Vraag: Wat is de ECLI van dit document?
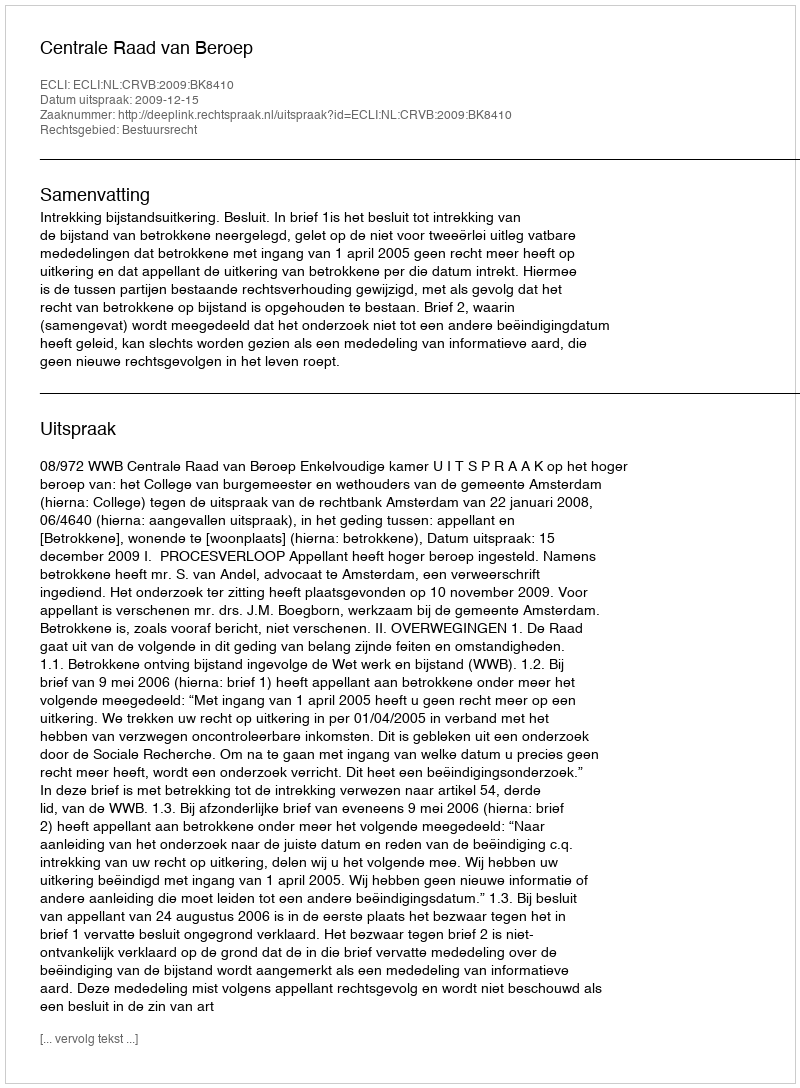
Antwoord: ECLI:NL:CRVB:2009:BK8410